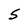
Character: 5